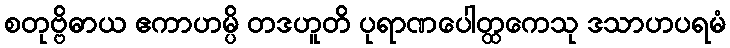
စတုဗ္ဗိဓာယ ဧကာဟမ္ပိ တဒဟူတိ ပုရာဏပေါတ္ထကေသု ဒသာဟပရမံ